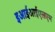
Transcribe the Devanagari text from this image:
इआईआईएलएम